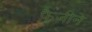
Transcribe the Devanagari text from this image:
फैजीने